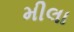
મીલા